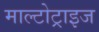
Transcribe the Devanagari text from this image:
माल्टोट्राइज